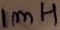
Text: 100n